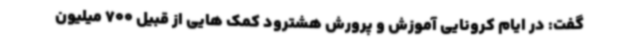
گفت: در ایام کرونایی آموزش و پرورش هشترود کمک هایی از قبیل 700 میلیون